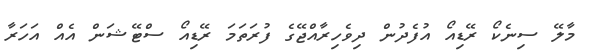
މާލޭ ސިނެކޯ ރޭޑިއޯ އުފެދުން ދިވެހިރާއްޖޭގެ ފުރަތަމަ ރޭޑިއޯ ސްޓޭޝަން އެއް އަހަރާ